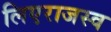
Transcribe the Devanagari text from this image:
लिएराजस्व